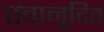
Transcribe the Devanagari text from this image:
स्वानूदित